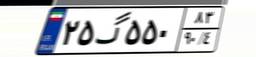
۵۱گ۱۶۲۴۸